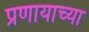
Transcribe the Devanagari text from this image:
प्रणायाच्या